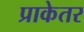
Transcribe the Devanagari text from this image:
प्राकेतर